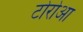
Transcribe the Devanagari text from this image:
टोरोआ